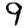
Digit: 9